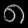
Digit: ၈